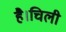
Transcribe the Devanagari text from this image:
है।चिली